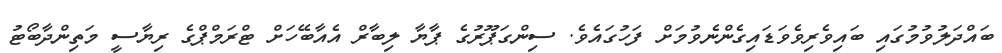
ބައްދަލުވުމުގައި ބައިވެރިވެވަޑައިގެންނެވުމަށް ފަހުގައެވެ. ސިންގަޕޫރުގެ ޕާޔާ ލިބާރް އެއާބޭހަށް ޓްރަމްޕްގެ ރިޔާސީ މަތިންދާބޯޓު